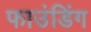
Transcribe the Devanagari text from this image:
फाउंडिंग